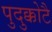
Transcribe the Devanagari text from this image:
पुदुक्कोटै